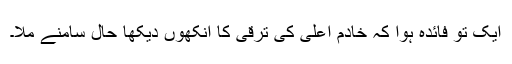
ایک تو فائدہ ہوا کہ خادم اعلیٰ کی ترقی کا آنکھوں دیکھا حال سامنے ملا۔